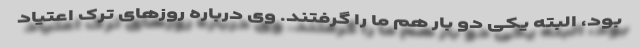
بود، البته یکی دو بار هم ما را گرفتند. وی درباره روزهای ترک اعتیاد